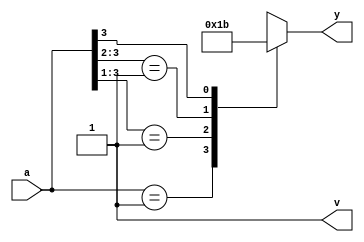
module parity_enc(a,y,v);
input [3:0]a;
output reg [1:0]y;
output reg v;
always@(*)begin
v=1;
y=2'b00;
casex(a)
4'b0001:y=2'b00;
4'b001x:y=2'b01;
4'b01xx:y=2'b10;
4'b1xxx:y=2'b11;
default y=2'bxx;
endcase
end
endmodule